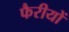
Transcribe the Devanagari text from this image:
फैरीयों